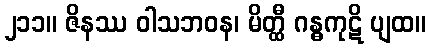
၂၁၁။ ဇိနဿ ဝါသဘဝန၊ မိတ္ထီ ဂန္ဓကုဋိ ပျထ။